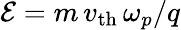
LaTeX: \mathcal{E}=m\, v_{\mathrm{th}}\, \omega_{p}/q